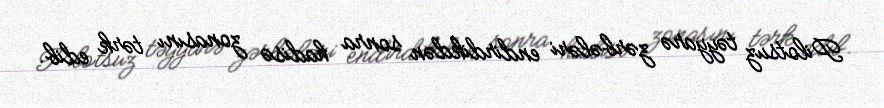
Pilotsuz təyyarə zərbələri endirdikdən sonra hadisə zonasını tərk edib.